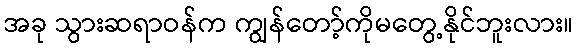
အခု သွားဆရာဝန်က ကျွန်တော့်ကိုမတွေ့နိုင်ဘူးလား။